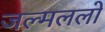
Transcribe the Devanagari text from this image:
जल्मललो